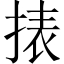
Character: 㧼